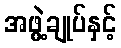
အဖွဲ့ချုပ်နှင့်